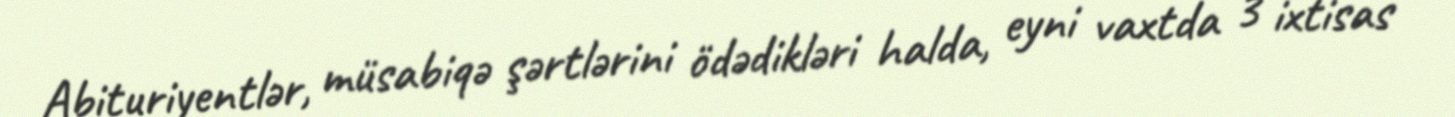
Abituriyentlər, müsabiqə şərtlərini ödədikləri halda, eyni vaxtda 3 ixtisas